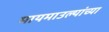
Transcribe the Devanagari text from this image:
मायमाउल्यांच्या